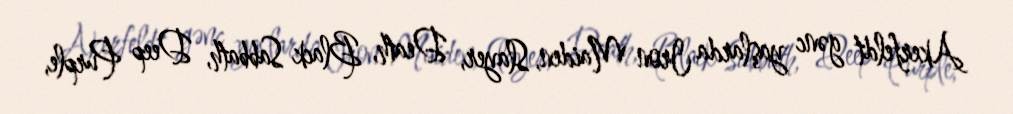
Akerfeldt gənc yaşlarda Iron Maiden, Slayer, Death, Black Sabbath, Deep Purple,